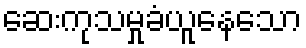
ဆေးကုသမှုခံယူနေသော